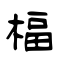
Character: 楅